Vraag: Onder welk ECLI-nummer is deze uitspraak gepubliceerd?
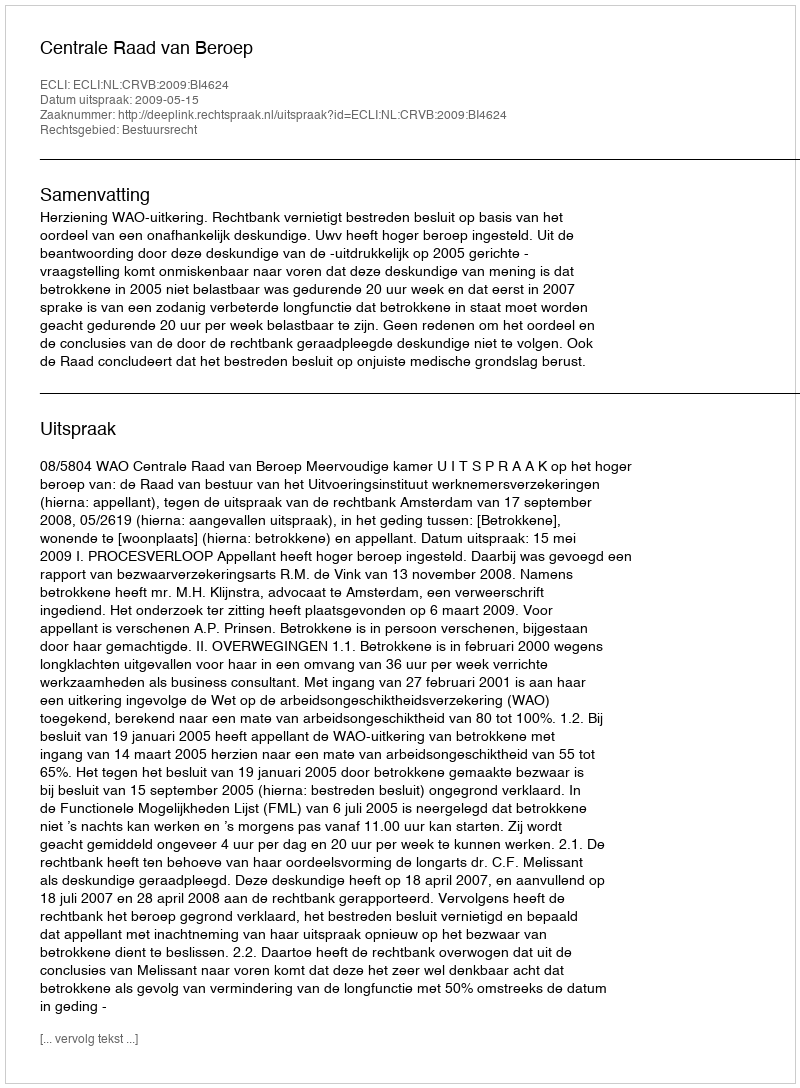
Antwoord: ECLI:NL:CRVB:2009:BI4624